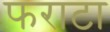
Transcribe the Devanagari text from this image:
फराटा